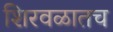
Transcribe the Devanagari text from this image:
शिरवळातच